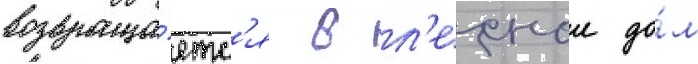
возвраща́етс'я в л'еснои до́м